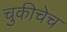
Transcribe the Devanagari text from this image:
चुकीचेच